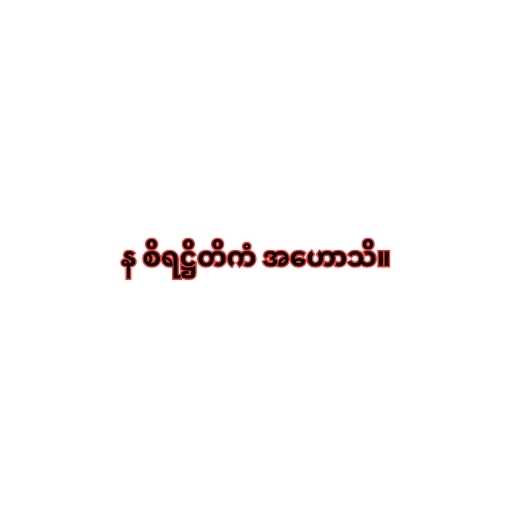
န စိရဋ္ဌိတိကံ အဟောသိ။